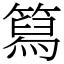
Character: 䉣